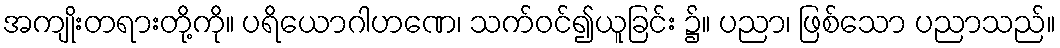
အကျိုးတရားတို့ကို။ ပရိယောဂါဟဏေ၊ သက်ဝင်၍ယူခြင်း ၌။ ပညာ၊ ဖြစ်သော ပညာသည်။